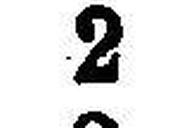
2